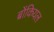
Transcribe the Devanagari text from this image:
ब्रोंकियल